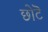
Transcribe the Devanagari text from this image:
छोटॆ